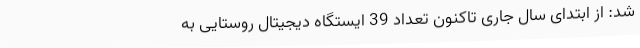
شد: از ابتدای سال جاری تاکنون تعداد 39 ایستگاه دیجیتال روستایی به